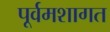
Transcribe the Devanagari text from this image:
पूर्वमशागत